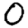
Digit: 0